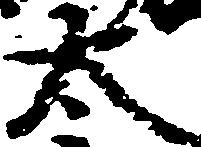
太